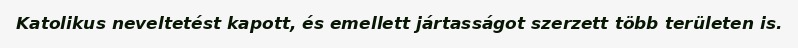
Katolikus neveltetést kapott, és emellett jártasságot szerzett több területen is.